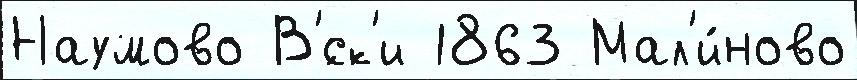
Наумово В'́ск'и 1863 Мал'и́ново